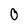
Character: 0